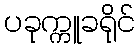
ပခုက္ကူခရိုင်